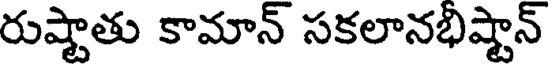
రుష్టాతు కామాన్ సకలానభిష్టాన్